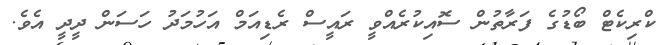
ކްރިކެޓް ބޯޑުގެ ފަރާތުން ސޮއިކުރެއްވީ ރައީސް ރެޑިއަމް އަހުމަދު ހަސަން ދީދީ އެވެ.